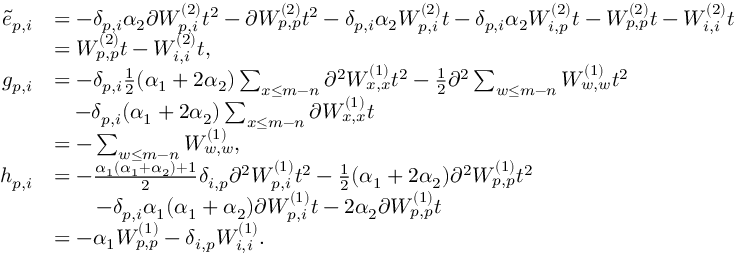
\begin{array} { r l } { \tilde { e } _ { p , i } } & { = - \delta _ { p , i } \alpha _ { 2 } \partial W _ { p , i } ^ { ( 2 ) } t ^ { 2 } - \partial W _ { p , p } ^ { ( 2 ) } t ^ { 2 } - \delta _ { p , i } \alpha _ { 2 } W _ { p , i } ^ { ( 2 ) } t - \delta _ { p , i } \alpha _ { 2 } W _ { i , p } ^ { ( 2 ) } t - W _ { p , p } ^ { ( 2 ) } t - W _ { i , i } ^ { ( 2 ) } t } \\ & { = W _ { p , p } ^ { ( 2 ) } t - W _ { i , i } ^ { ( 2 ) } t , } \\ { g _ { p , i } } & { = - \delta _ { p , i } \frac { 1 } { 2 } ( \alpha _ { 1 } + 2 \alpha _ { 2 } ) \sum _ { x \leq m - n } \partial ^ { 2 } W _ { x , x } ^ { ( 1 ) } t ^ { 2 } - \frac { 1 } { 2 } \partial ^ { 2 } \sum _ { w \leq m - n } W _ { w , w } ^ { ( 1 ) } t ^ { 2 } } \\ & { \quad - \delta _ { p , i } ( \alpha _ { 1 } + 2 \alpha _ { 2 } ) \sum _ { x \leq m - n } \partial W _ { x , x } ^ { ( 1 ) } t } \\ & { = - \sum _ { w \leq m - n } W _ { w , w } ^ { ( 1 ) } , } \\ { h _ { p , i } } & { = - \frac { \alpha _ { 1 } ( \alpha _ { 1 } + \alpha _ { 2 } ) + 1 } { 2 } \delta _ { i , p } \partial ^ { 2 } W _ { p , i } ^ { ( 1 ) } t ^ { 2 } - \frac { 1 } { 2 } ( \alpha _ { 1 } + 2 \alpha _ { 2 } ) \partial ^ { 2 } W _ { p , p } ^ { ( 1 ) } t ^ { 2 } } \\ & { \qquad - \delta _ { p , i } \alpha _ { 1 } ( \alpha _ { 1 } + \alpha _ { 2 } ) \partial W _ { p , i } ^ { ( 1 ) } t - 2 \alpha _ { 2 } \partial W _ { p , p } ^ { ( 1 ) } t } \\ & { = - \alpha _ { 1 } W _ { p , p } ^ { ( 1 ) } - \delta _ { i , p } W _ { i , i } ^ { ( 1 ) } . } \end{array}